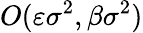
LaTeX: O(\varepsilon\sigma^{2},\beta\sigma^{2})